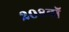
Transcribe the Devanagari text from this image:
२०८वॉ